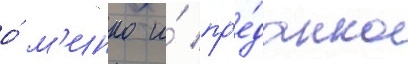
о́ м'инко и́ пр'е́данно